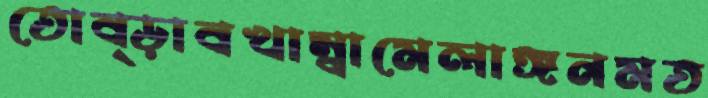
তোব্‌ড়াবখাম্বামেলাঙ্গনমত